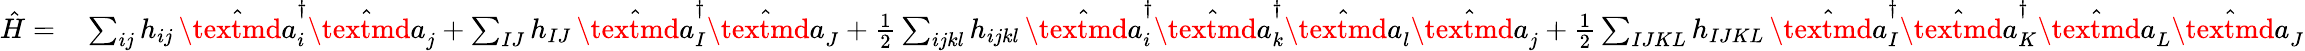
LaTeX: \begin{array}{rl}{\hat{H}=}&{{}\sum_{ij}h_{ij}\, \hat{\textmd a}_{i}^{\dagger}\hat{\textmd a}_{j}+\sum_{IJ}h_{IJ}\, \hat{\textmd a}_{I}^{\dagger}\hat{\textmd a}_{J}+\frac{1}{2}\sum_{ijkl}h_{ijkl}\, \hat{\textmd a}_{i}^{\dagger}\hat{\textmd a}_{k}^{\dagger}\hat{\textmd a}_{l}\hat{\textmd a}_{j}+\frac{1}{2}\sum_{IJKL}h_{IJKL}\, \hat{\textmd a}_{I}^{\dagger}\hat{\textmd a}_{K}^{\dagger}\hat{\textmd a}_{L}\hat{\textmd a}_{J}}\end{array}